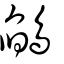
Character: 鵮